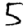
Digit: 5